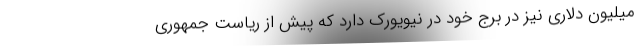
میلیون دلاری نیز در برج خود در نیویورک دارد که پیش از ریاست جمهوری